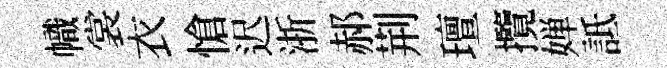
幟裳衣愴迟浙郝荆璮攬婵詆